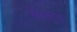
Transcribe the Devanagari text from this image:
डेख़ड़